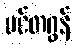
ပင်တဂွန်